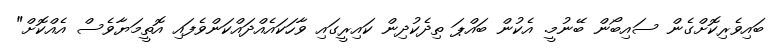
ބައިވެރިކޮށްގެން ސައިބޯން ބޭނުމީ. އެކުން ބައްޕަ ތިދެކުދިން ކައިރީގައި ވާހަކައެއްދައްކަންވެފައި އޮތީމަޔާވެސް އެއްކޮށް"